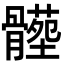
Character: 𩪝